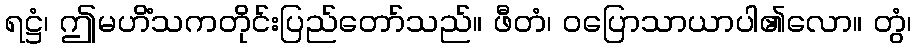
ရဋ္ဌံ၊ ဤမဟိံသကတိုင်းပြည်တော်သည်။ ဖီတံ၊ ဝပြောသာယာပါ၏လော။ တွံ၊